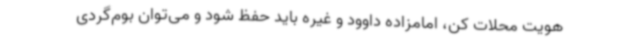
هویت محلات کن، امامزاده داوود و غیره باید حفظ شود و می‌توان بوم‌گردی